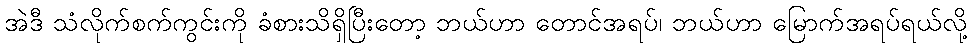
အဲဒီ သံလိုက်စက်ကွင်းကို ခံစားသိရှိပြီးတော့ ဘယ်ဟာ တောင်အရပ်၊ ဘယ်ဟာ မြောက်အရပ်ရယ်လို့